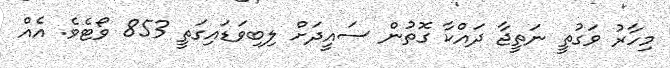
މިހާރު ވަގުތީ ނަތީޖާ ދައްކާ ގޮތުން ސައީދަށް ލިބިވަޑައިގަތީ 853 ވޯޓެވެ. އެއް